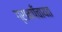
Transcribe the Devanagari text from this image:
ग्रामपँचायत